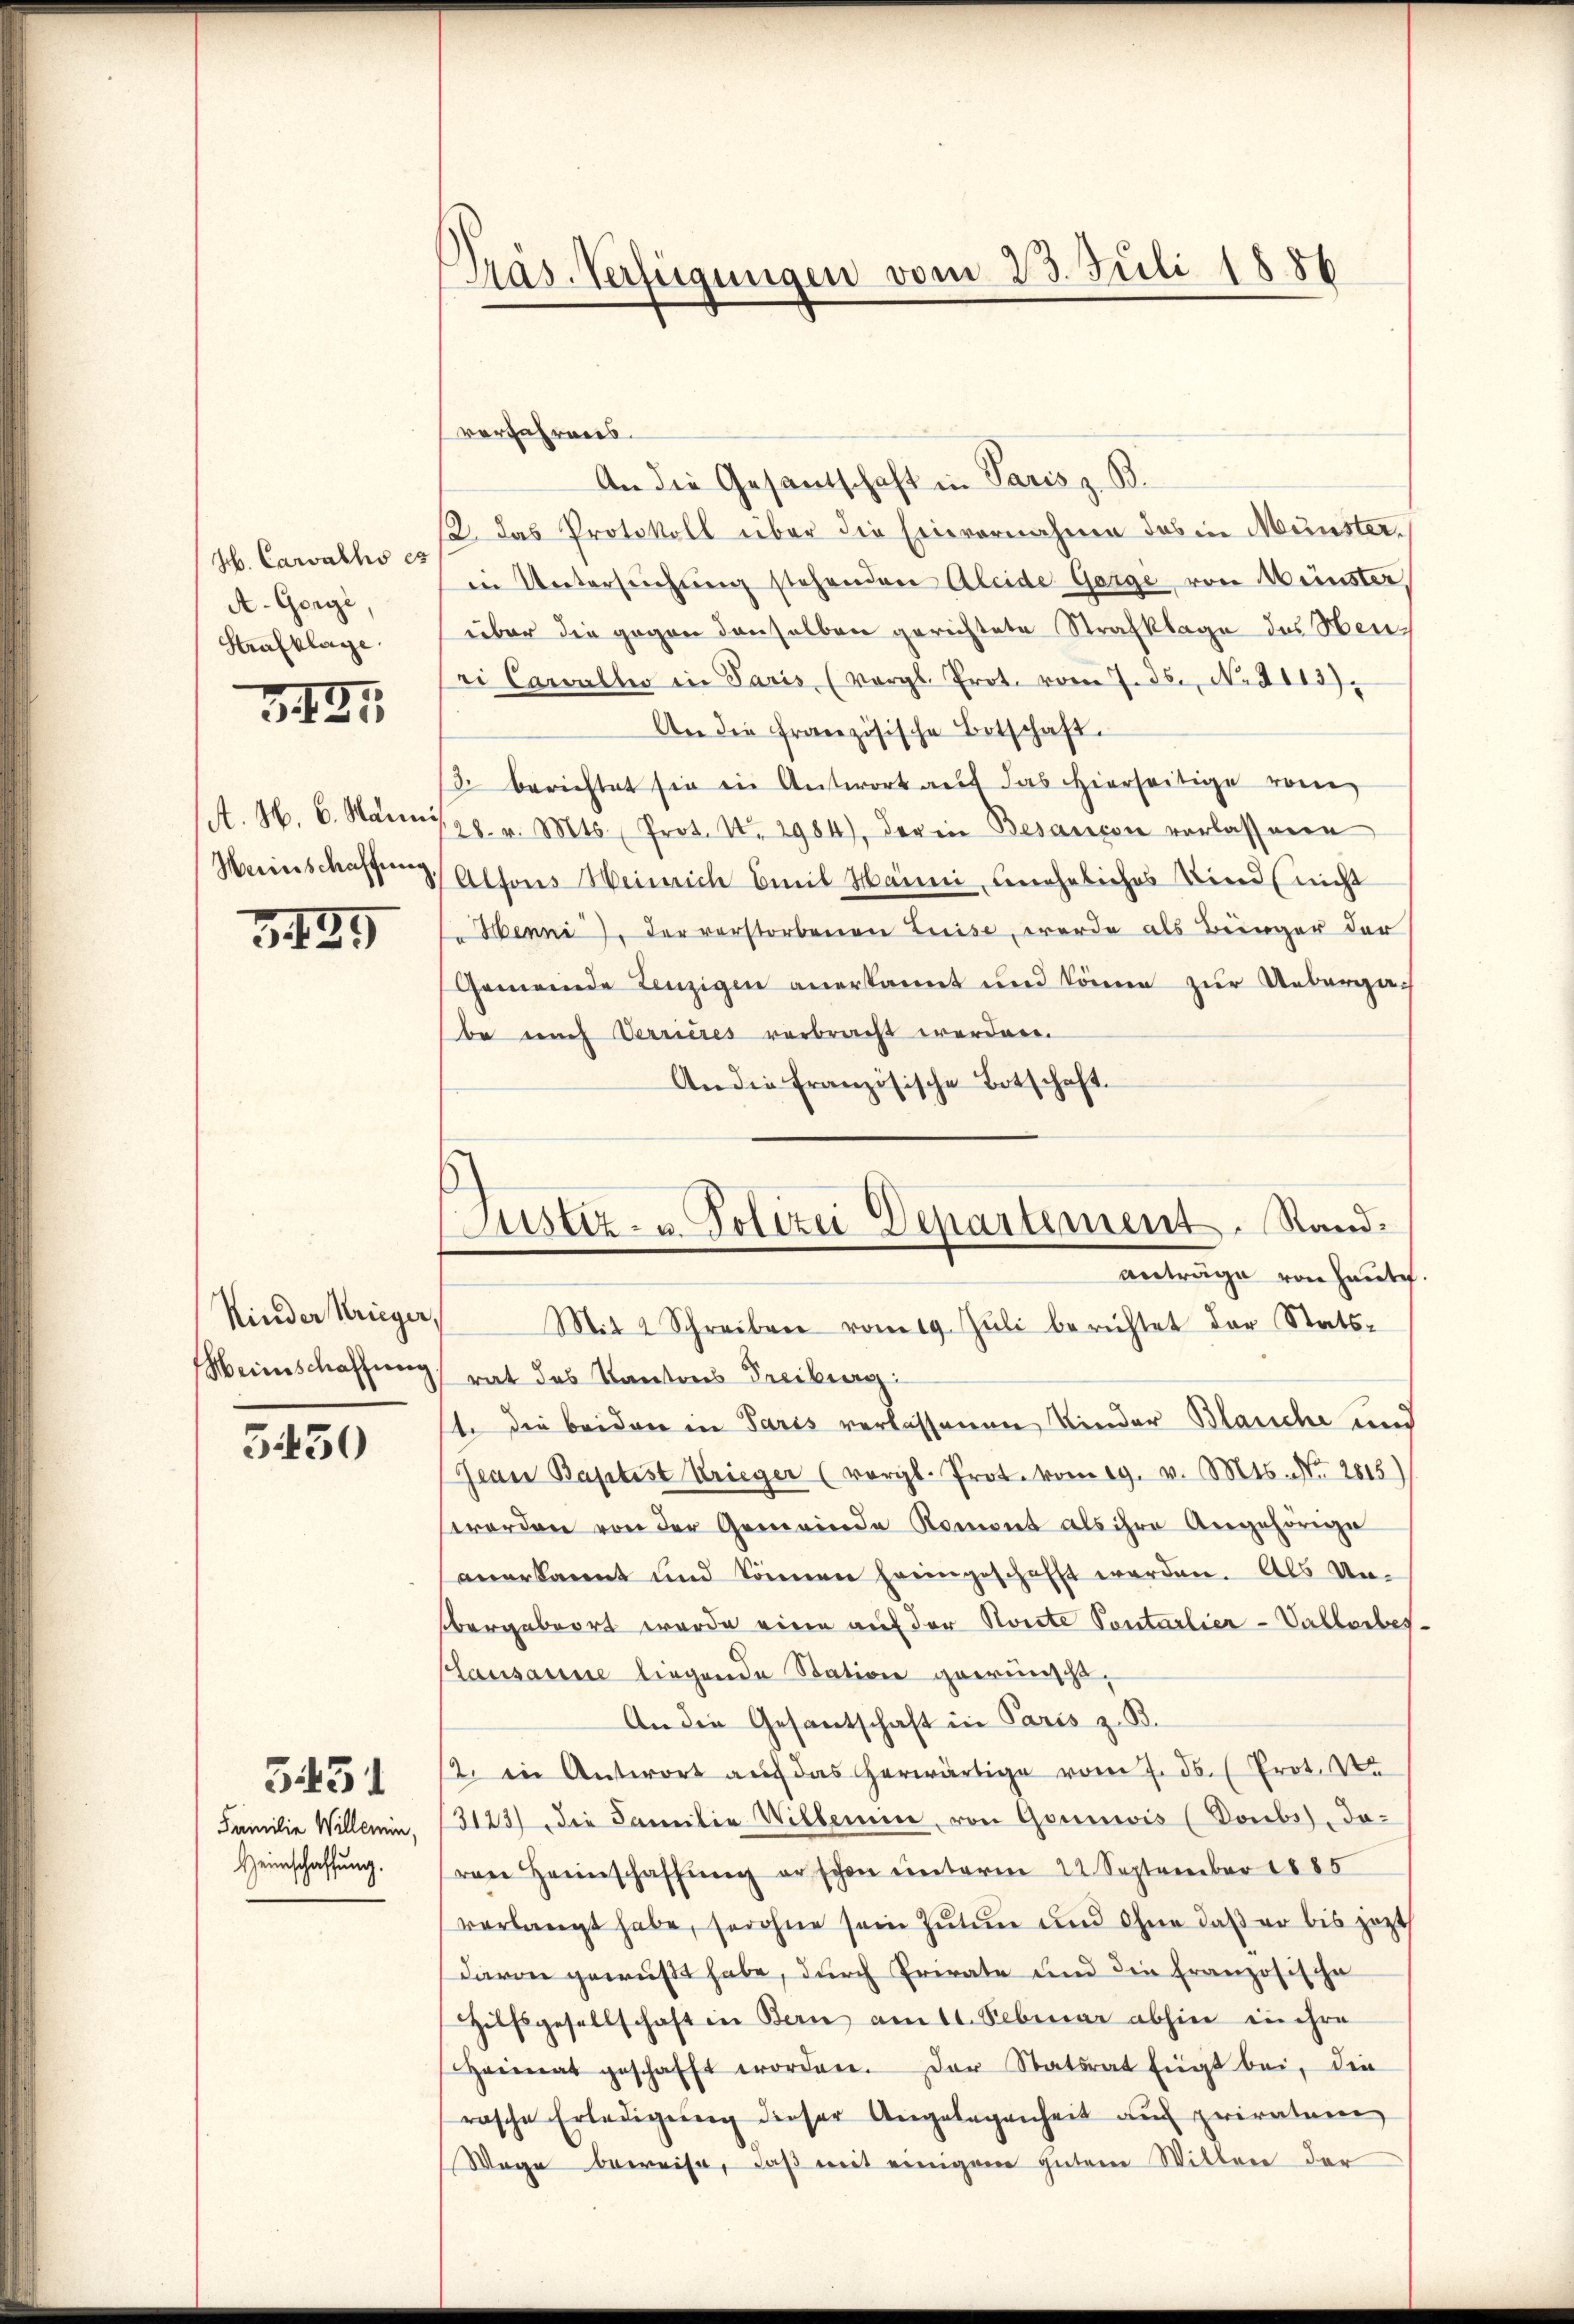
Jb. Carachs es
A. Gorgi
Strafklage.

3425

A. H. 6. Manni

3439

Kinder Krieger,

3430

Familie Willemin,
Heimschaffung.

5431

Pras. Verfügungen vom 23. Juli 1886

Justiz- u. Polizei Departement. Standanträge von Haute.

verfahrens.
An die Gesantschaft in Paris z. B.
12. Das Protokoll über die Einvernahme das in Münster.
in Untersŭchŭng stehenden Aleide Gorge, von Münster,
über die gegen denselben gerichtete Strafklage des Heuri Carvalles in Paris (vergl. Prot. vom 7. d. No. 2113).
An die französische Botschaft.
3. berichtet sie in Antwort aŭf das hierseitige vom
28. v. Mts., Prot. No. 2984), der in Besançon vorlassene
Herinschaffung, Alfons Weinrich Emil Hänni, uneheliches Kind (nicht
Menne, der verstorbenen Luise, werde als Bürger der
Gemeinde Lenzigen anerkannt und könne zur Uebergan
be nach Verrieres verbracht werden.
An die französische Botschaft.
Mit 4 Schreiben vom 19. Jŭli berichtet der Stats-
Weinschaffung rat das Kantons Freiburg:
t. die beiden in Paris verlassenen Kinder Blauche und
Gean Baptist Krieger (vergl. Prot. vom g. v. Mts. No. 2815)
worden von der Gemeinde Romont als ihre Angehörige
anerkannt und können freingeschafft werden. Als Unübergebeort werde eine auf der Konte Sontarlier - Vallerbes¬
Lausanne liegende Station gewünscht.
An die Gesantschaft in Paris z. B.
12. in Antwort auf das herwärtige vom 7. ds. (Prot. We
3123) die Familie Willemin, von Gounwis (Poubs, davon Heimschaffŭng er schon ŭnterm 22. September 1885
verlangt habe, sowohne sein Zutun und Ohne daß er bis jetzt
davon gewußt habe, durch Private und die Französische
Hilfsgesellschaft in Bern am 11. Februar abhin in ihre
Heimat geschafft worden. Der Statsrat fügt bei, die
rasche Erledigŭng dieser Angelegenheit auf priratun
Wege beweise, daß mit einigem gutem Willen der